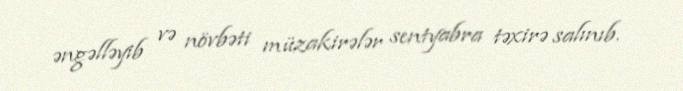
əngəlləyib və növbəti müzakirələr sentyabra təxirə salınıb.